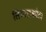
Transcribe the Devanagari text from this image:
सियालकोट।